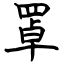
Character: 罩